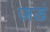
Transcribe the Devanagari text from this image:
जडं